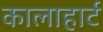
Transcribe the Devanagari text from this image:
कालाहार्ट